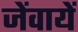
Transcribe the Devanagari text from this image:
जेंवायें